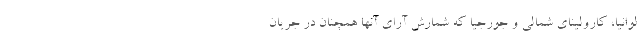
لوانیا، کارولینای شمالی و جورجیا که شمارش آرای آنها همچنان در جریان